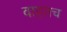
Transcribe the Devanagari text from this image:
वाहतच